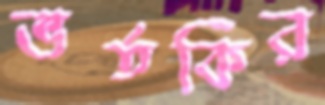
ভর্তকির